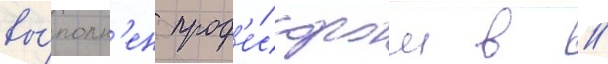
вы́полн'ен проф'е́ссором в //